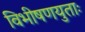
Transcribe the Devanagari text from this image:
विभीषणयुताः